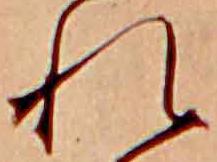
れ